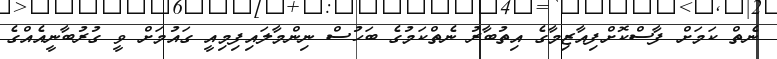
ނެތް ކަމަށް ފާސްކޮށްފިއާޒިމާގެ އިތުބާރު ނެތްކަމުގެ ބަހުސް ނިންމާލައިފިމިއީ ގައުމަށް ވީ ގުރުބާނީއެއްގެ